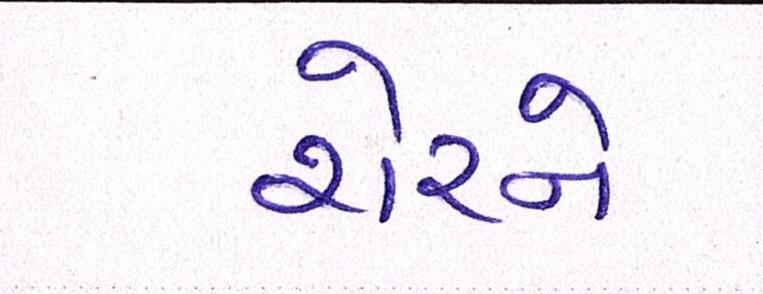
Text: શેરને